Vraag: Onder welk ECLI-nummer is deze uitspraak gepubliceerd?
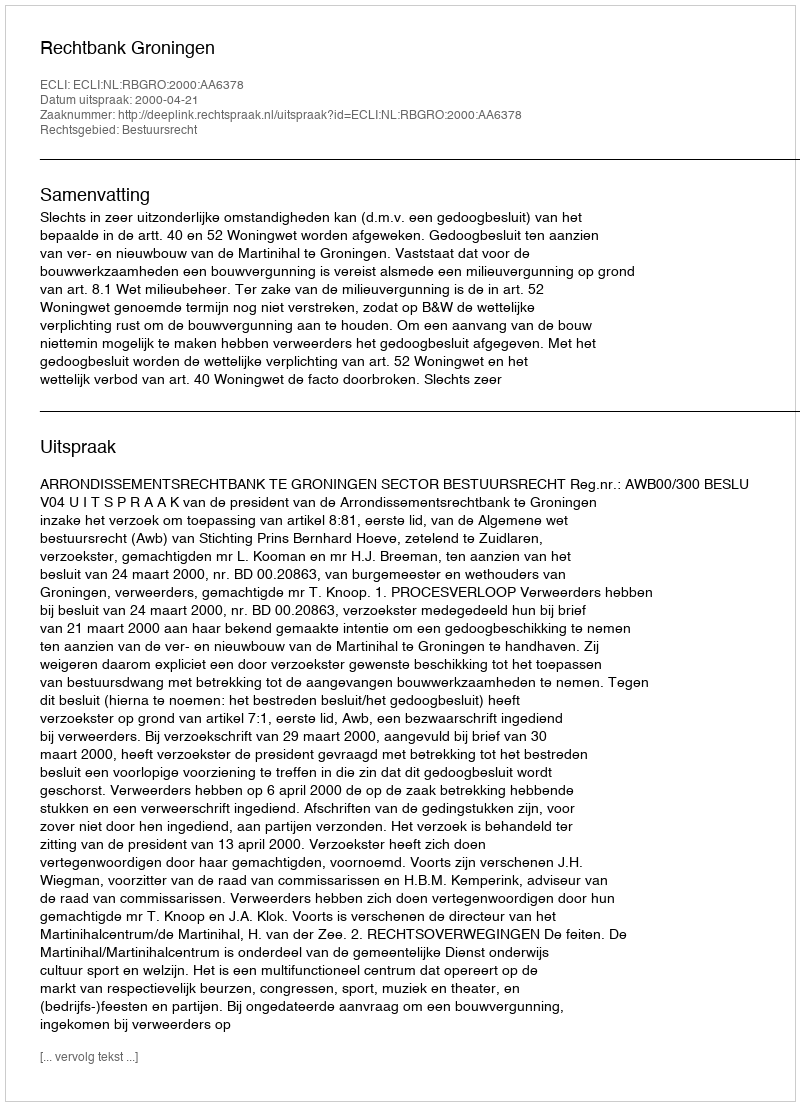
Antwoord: ECLI:NL:RBGRO:2000:AA6378